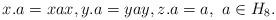
LaTeX: \begin{gather*}x.a=xax,y.a=yay,z.a=a, \ a\in H_8.\end{gather*}